Document type: payment_order
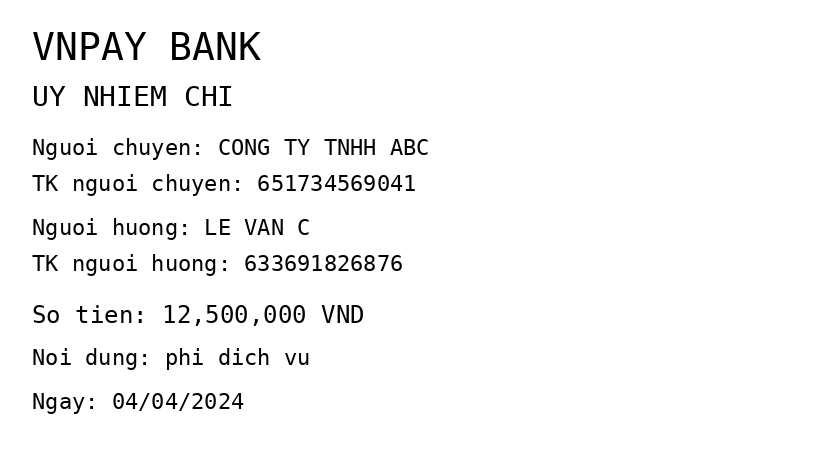
OCR transcript:
VNPAY BANK
UY NHIEM CHI
Nguoi chuyen: CONG TY TNHH ABC
TK nguoi chuyen: 651734569041
Nguoi huong: LE VAN C
TK nguoi huong: 633691826876
So tien: 12,500,000 VND
Noi dung: phi dich vu
Ngay: 04/04/2024
Extracted fields:
bank_name: vnpay bank
sender_name: cong ty tnhh abc
sender_account: 651734569041
beneficiary_name: le van c
beneficiary_account: 633691826876
amount: 12500000
content: phi dich vu
date: 2024-04-04